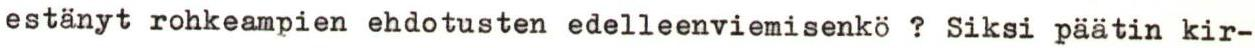
estänyt rohkeampien ehdotusten edelleenviemisenkö ? Siksi päätin kir-